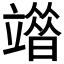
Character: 𥪶